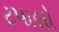
ટપાલો